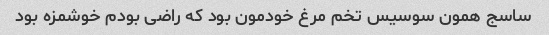
ساسج همون سوسیس تخم مرغ خودمون بود که راضی بودم خوشمزه بود